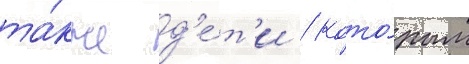
та́кже д'е́т'и / кото́рым